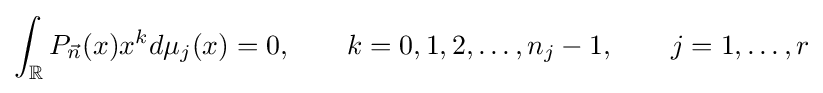
\int _{\mathbb {R} }P_{\vec {n}}(x)x^{k}d\mu _{j}(x)=0,\qquad k=0,1,2,\dots ,n_{j}-1,\qquad j=1,\dots ,r